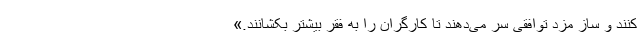
کنند و ساز مزد توافقی سر می‌دهند تا کارگران را به فقر بیشتر بکشانند.»